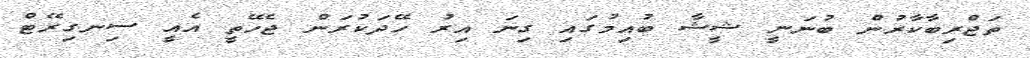
ތަޖްރިބާކާރުން ބުނަނީ ޝީޝާ ބުއިމުގައި ގިނަ އިރު ހޭދަކުރަން ޖެހޭތީ އެއީ ސިނގިރޭޓް